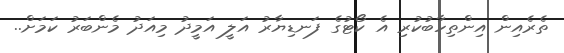
ތެރެއިން އިންތިހާބުކުރި އެ ކޯޓުގެ ފަނޑިޔާރު އަލީ އަމީދު މިއަދު މެންބަރު ކަމަށް..